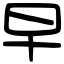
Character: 早